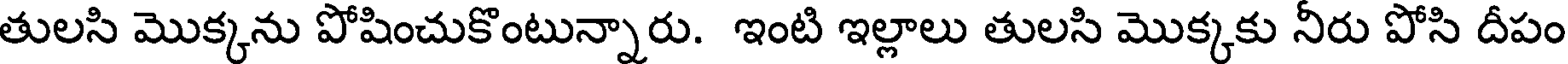
తులసి మొక్కను పోషించుకొంటున్నారు. ఇంటి ఇల్లాలు తులసి మొక్కకు నీరు పోసి దీపం